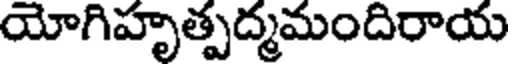
యోగిహృత్పద్మమందిరాయ